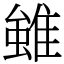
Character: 𨿽